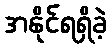
အနိုင်ရရှိခဲ့